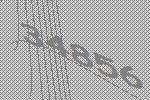
34856